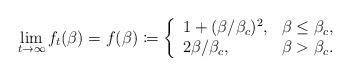
LaTeX: \begin{align*} \lim_{t\to\infty} f_t(\beta) = f(\beta) \coloneqq \left\{\begin{array}{ll}1 + (\beta/\beta_c)^2, & \beta \leq \beta_c, \\2 \beta/\beta_c, & \beta > \beta_c.\end{array}\right.\end{align*}